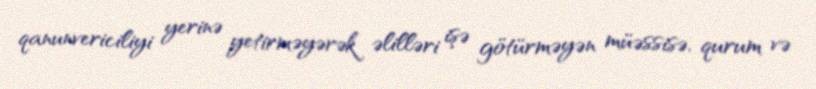
qanunvericiliyi yerinə yetirməyərək əlilləri işə götürməyən müəssisə, qurum və